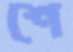
শে